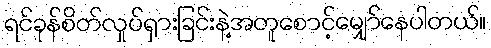
ရင်ခုန်စိတ်လှုပ်ရှားခြင်းနဲ့အတူစောင့်မျှော်နေပါတယ်။